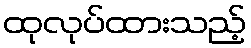
ထုလုပ်ထားသည့်